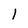
Character: l